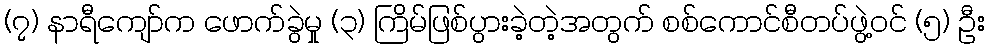
(၇) နာရီကျော်က ဖောက်ခွဲမှု (၃) ကြိမ်ဖြစ်ပွားခဲ့တဲ့အတွက် စစ်ကောင်စီတပ်ဖွဲ့ဝင် (၅) ဦး